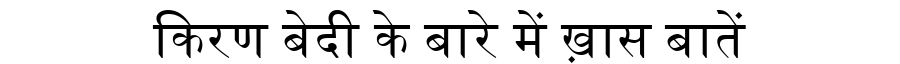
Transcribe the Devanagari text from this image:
किरण बेदी के बारे में ख़ास बातें